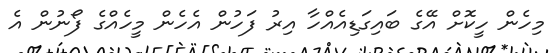
މިހެން ހީކޮށް އޭގެ ބައިގަޑިއެއްހާ އިރު ފަހުން އެހެން މީހެއްގެ ފޯނުން އެ